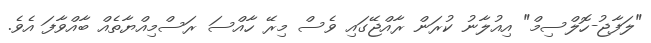
"ލަފާޖު-ހޮލްސިމް" އިއުލާނު ކުރަން ރާއްޖޭގައި ވެސް މިރޭ ހާއްސަ ރަސްމިއްޔާތެއް ބާއްވާފަ އެވެ.